Vana-Kasaritsa_(Kasaritsa)_vallavalitsus, lk 16
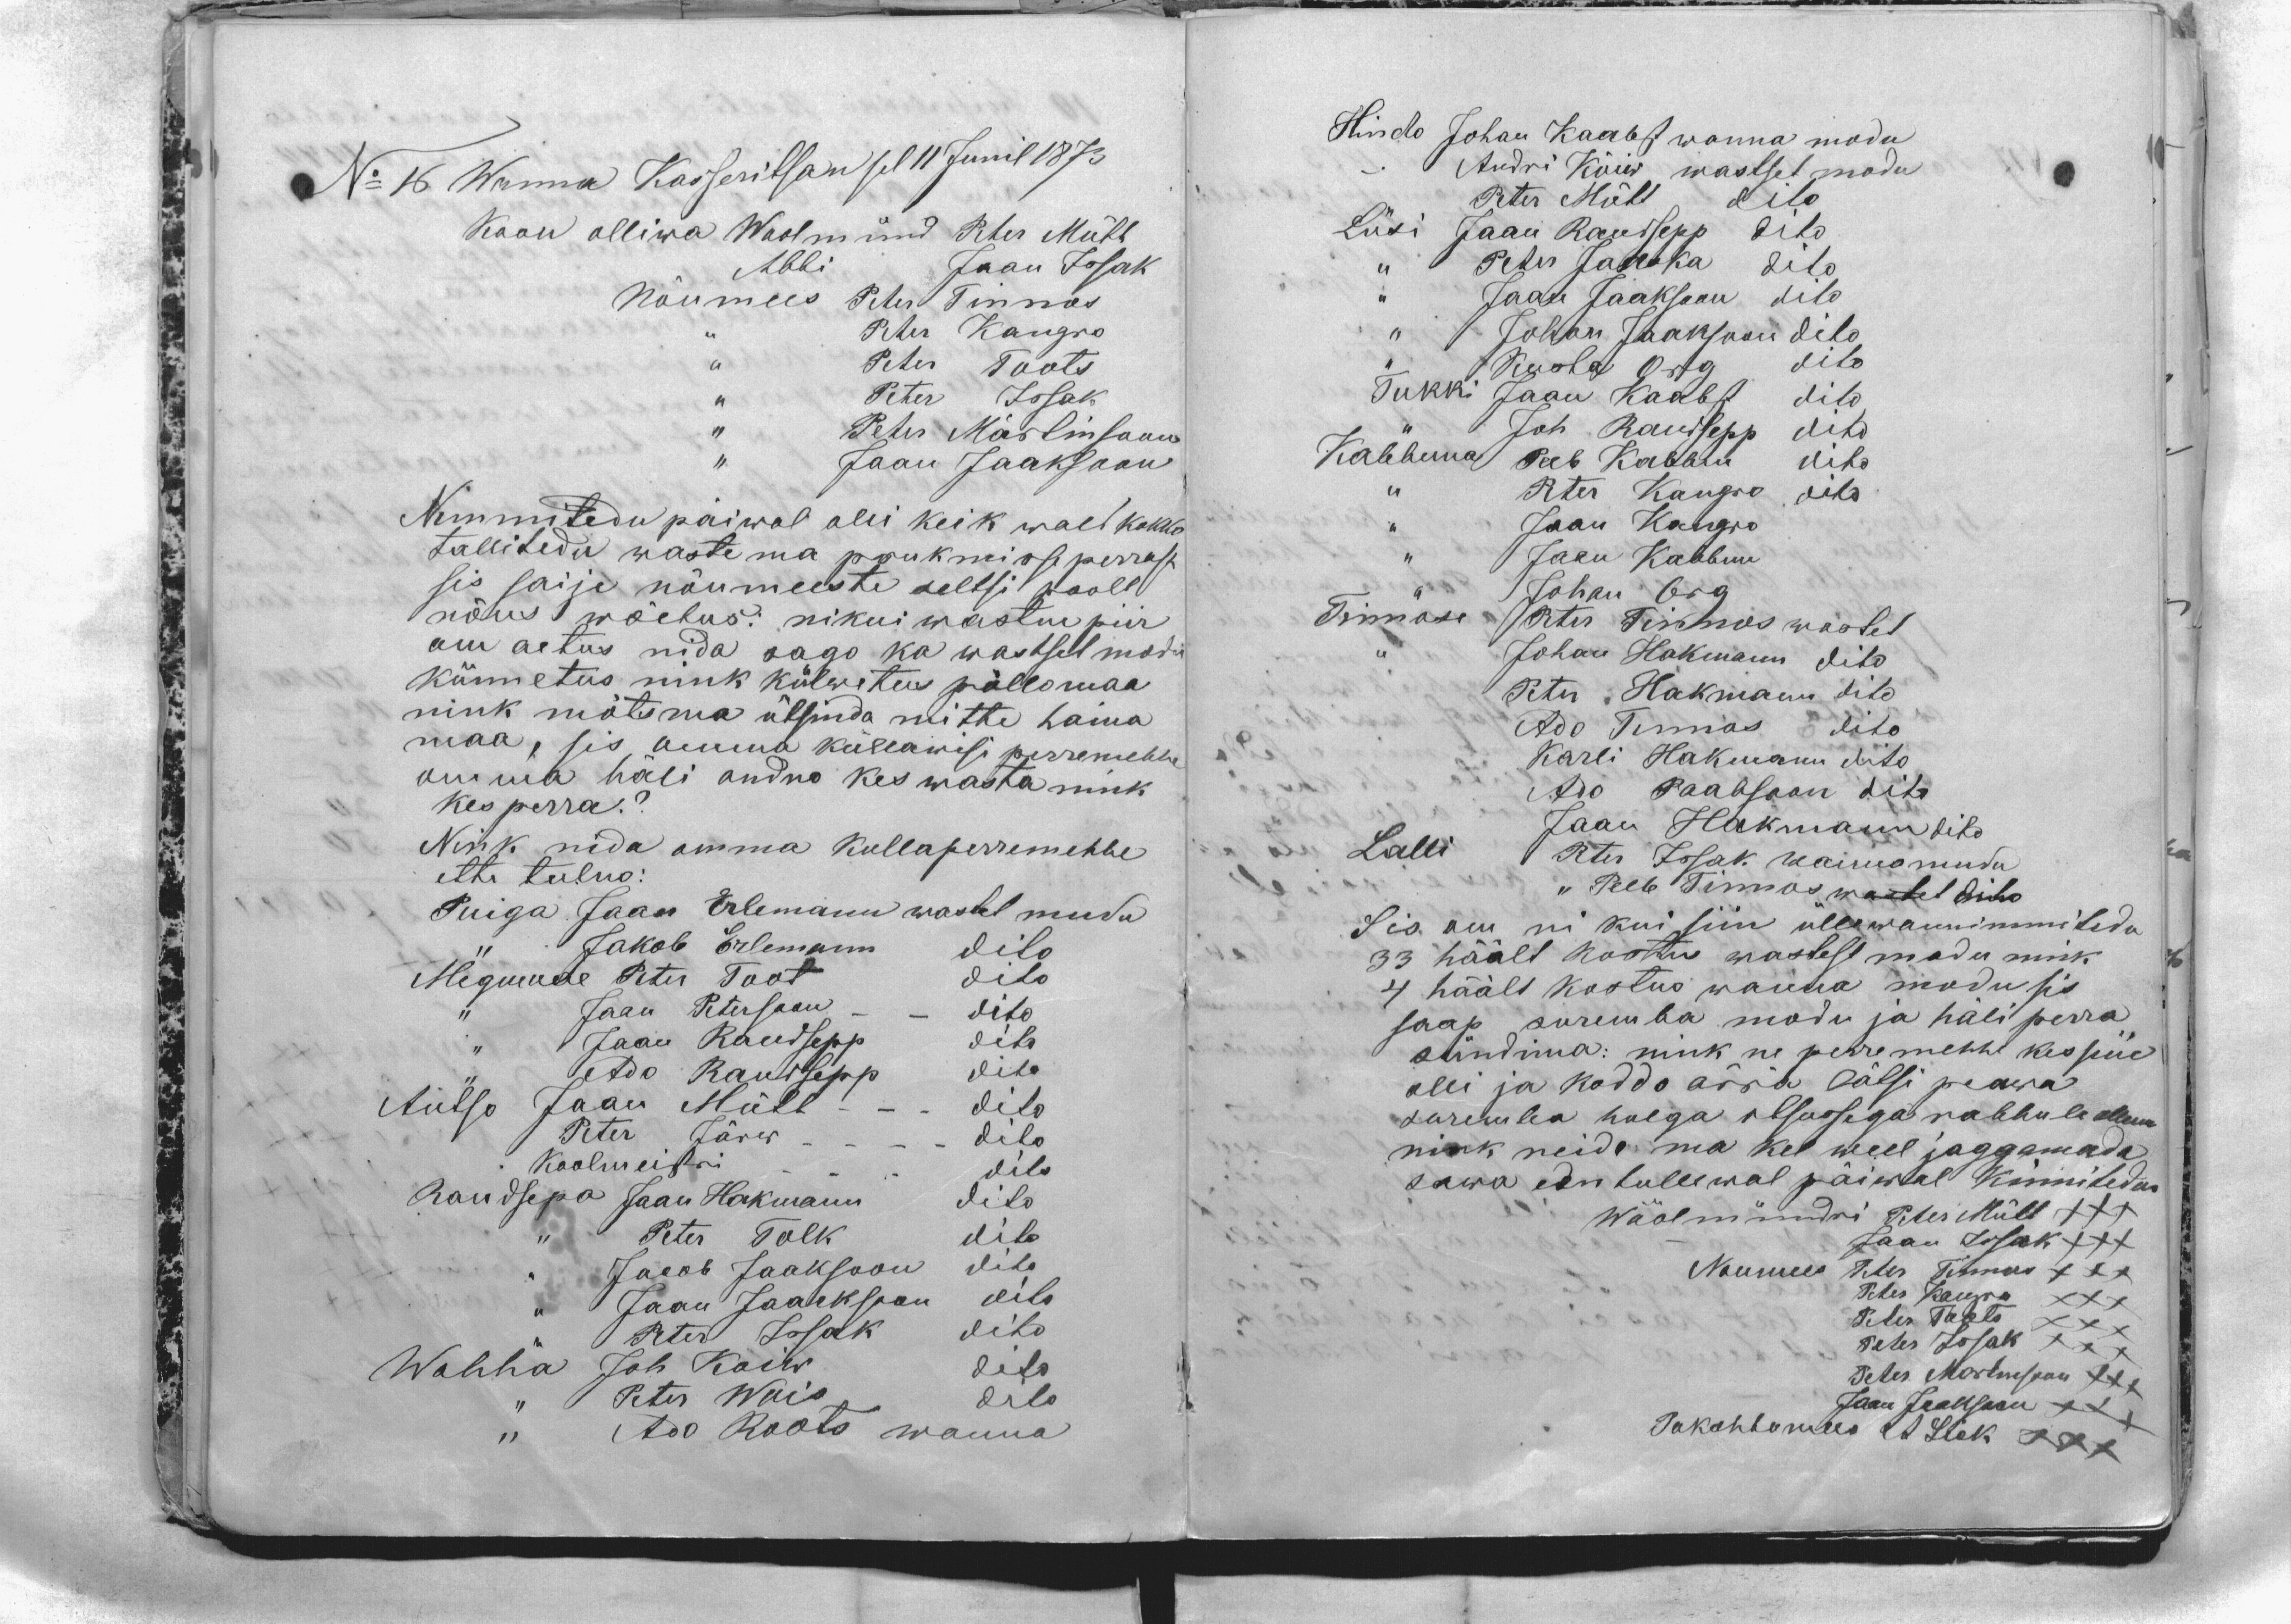
No 16 Wanna Kasseritsan sel 11 Junil 1873
Koon olliwa Woolmünd Peter Mütt
Abbi Jaan Issak
Nõumees Peter Tinnos
,, Peter Kangro
,, Peter Toots
,, Peter Issak
,, Peter Märtinsoon
,, Jaan Jaaksoon
Nimmitedu päiwal olli keik wald kokko
tallitedu waste ma prukmisse perrast
sis saije nõumeeste seltsi poolt
nõus wõetus: nikui wastne piir
om aetus nida sago ka wastset modi
künnetus nink külwetus põllomaa
nink mõtsma ütsinda mitte haina
maa, sis omma küllawisi perremehhe
omma häli andno kes wasta nink
kes perra.?
Nink nida omma kullaperremehhe
ette tulno:
Puiga Jaan Erlemann wastet mudu
,, Jakob Erlemann dito
Megumae Peter Toot dito
,, Jaan Petersoon - - dito
Jaan Raudsepp dito
,, Ado Raudsepp dito
Antso Jaan Mütt - - - dito
Peter Järw - - - -  dito
Koolmeistri - - - dito
Raudsepa Jaan Hakmann dito
,, Peter Tolk dito
,, Jacob Jaaksoon dito
,, Jaan Jaacksoon" dito
,, Peter Issak dito
Wahha Joh Koiw dito
,, Peter Wois dito
,, Ado Roots wanna

Hindo Johan Kaabst wanna modu
Andri Kõiw wastset modu
Peter Mütt dito
Lüsi Jaan Raudsepp dito
,, Peter Janoka dito
,, Jaan Jaaksoon dito
,, Johan Jaaksoon dito
,, Kuoha Org dito
Tukki Jaan Kaabst dito
,, Joh Raudsepp dito
Kabbuna Peeb Kabbun dito
,, Peter Kangro dito
,, Jaan Kangro
,, Jaan Kabbun
,, Johan Org
Tinnose Peter Tinnos wastet
,, Johan Hakmann dito
Peter Hakmann dito
Ado Tinnos dito
Karli Hakmann dito
Ado Paabsoon dito
Jaan Hakmann dito
Lalli Peter Issak wanna mudu
,, Peeb Tinnos wastet dito
Sis om ni kui siin üllewannimmitedu
33 häält kostno wastest modu nink
4 häält kostno wanna modu sis
saap suremba modu ja häli perra
sündima: nink ne perremehhe kes seiie
olli ja koddo ärra lätsi peawa
suremba hulga otsussega rahhule ollema
nink neide ma kel weel jaggamada
sawa een tullewal päiwal kinnitedus
Wöölmündri Peter Mütt XXX
Jaan Issak XXX
Noumees Peter Tinnos XXX
Peter Kangro XXX
Peter Toots XXX
Peter Issak XXX
Peter Martinsoon XXX
Jaan Jaaksoon XXX
Pakohtomees A. Sick XXX